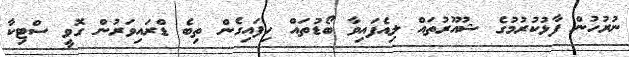
ނުރުހުން ފާޅުކުރުމުގެ ޝުއޫރުތައް ލިއެފައިވާ ބޯޑުތައް ހިފައިގެން ތިބެ ޑްރައިވަރުން ގޮވީ ސްޓިކާ